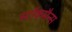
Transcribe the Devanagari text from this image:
स्टॉकमैन्स